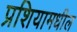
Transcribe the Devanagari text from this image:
प्रशियामधील